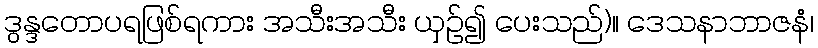
ဒွန္ဒတောပရဖြစ်ရကား အသီးအသီး ယှဉ်၍ ပေးသည်)။ ဒေသနာဘာဇနံ၊